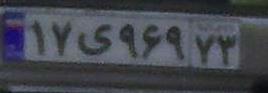
۱۷ی۹۶۹۷۳